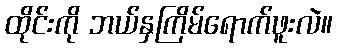
ထိုင်းကို ဘယ်နှကြိမ်ရောက်ဖူးလဲ။